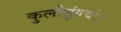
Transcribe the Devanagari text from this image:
कुलौत्तुंगचोड़